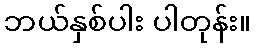
ဘယ်နှစ်ပါး ပါတုန်း။